Document type: Sale
Year: 1440
Scribe: Pere Pau Pujades
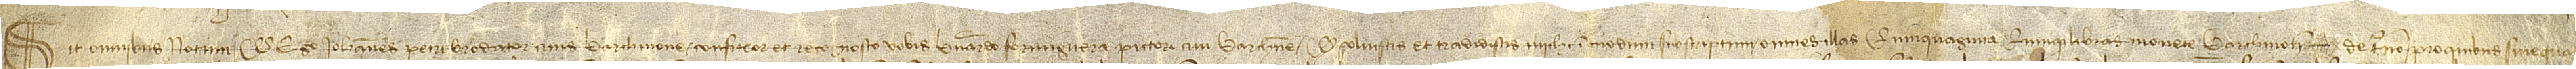
Sit omnibus notum quod ego Iohannes Petri, brodator, cives Barchinone, confiteor et recognosco vobis Bernardo Formiguera, pictori, civi Barchinone, quod solvistis et tradidistis michi in modum infrascriptum omnes illas quinquaginta quinque libras monete Barchinone de terno pro quibus sive quarum